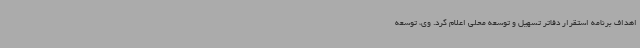
اهداف برنامه استقرار دفاتر تسهیل و توسعه محلی اعلام کرد. وی، توسعه